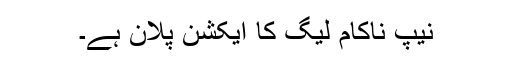
نیپ ناکام لیگ کا ایکشن پلان ہے۔